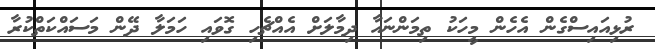
ރުޅިއައިސްގެން އެހެން މީހަކު ތިމަންނައާ ދިމާލަށް އެއްޗެހި ގޮވައި ހަމަލާ ދޭން މަސައްކަތްކުރާ